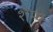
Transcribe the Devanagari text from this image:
शेम्प